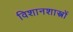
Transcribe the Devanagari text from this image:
विशानशास्त्रों